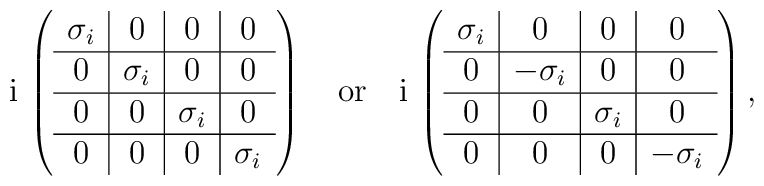
{\rm i} \,  \left( \begin{array}{c|c|c|c} \sigma_i & 0 & 0 & 0 \\  \hline  0 &  \sigma_i & 0 & 0 \\  \hline  0 & 0 &  \sigma_i & 0 \\  \hline  0 & 0 & 0 &  \sigma_i\end{array}\right) \quad  \mbox{or} \quad  {\rm i} \,  \left( \begin{array}{c|c|c|c} \sigma_i & 0 & 0 & 0 \\  \hline  0 &  -\sigma_i & 0 & 0 \\  \hline  0 & 0 &  \sigma_i & 0 \\  \hline  0 & 0 & 0 &  -\sigma_i\end{array}\right),